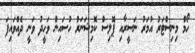
ހޯމް މިނިސްޓަރު އުމަރު ނަސީރާއި ޕޮލިސް ކޮމިޝަނަރު ހުސައިން ވަހީދު ވަނީ ދެއްވައިފަ